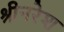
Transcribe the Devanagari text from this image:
श्रीनरेश